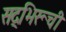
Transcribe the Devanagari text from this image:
सद्‌भिरूची